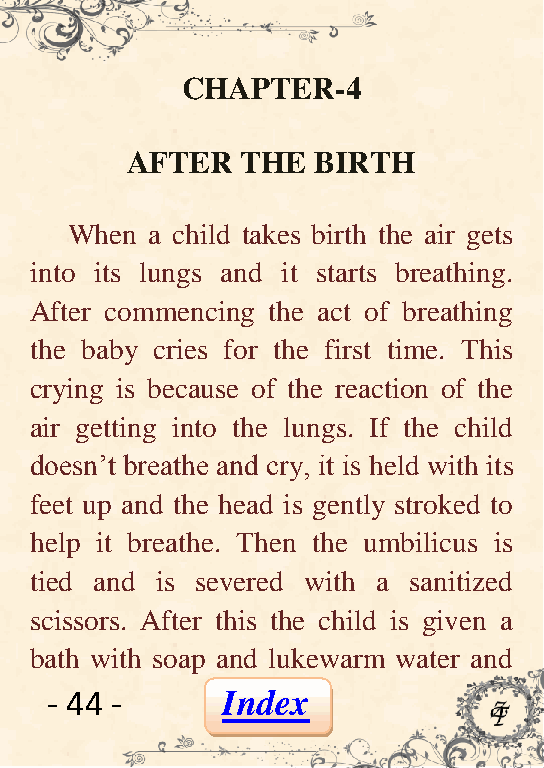
CHAPTER-4
 AFTER   THE  BIRTH
 When  a child takes birth the air gets
 into its lungs and it starts breathing.
 After commencing the act of breathing
 the baby cries for the first time. This
 crying is because of the reaction of the
 air getting into the lungs. If the child
 doesn’t breathe and cry, it is held with its
 feet up and the head is gently stroked to
 help it breathe. Then the umbilicus is
 tied and is severed with a sanitized
 scissors. After this the child is given a
 bath with soap and lukewarm water and
 - 44 -      Index